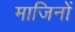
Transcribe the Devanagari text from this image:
माजिनों